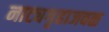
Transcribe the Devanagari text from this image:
नाट्यगृहाजवळ